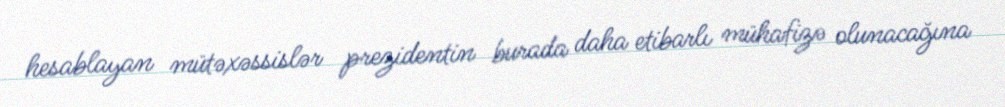
hesablayan mütəxəssislər prezidentin burada daha etibarlı mühafizə olunacağına